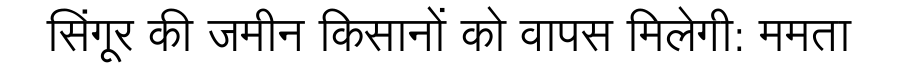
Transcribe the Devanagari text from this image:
सिंगूर की जमीन किसानों को वापस मिलेगी: ममता